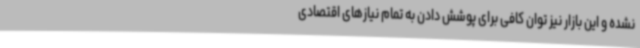
نشده و این بازار نیز توان کافی برای پوشش دادن به تمام نیازهای اقتصادی